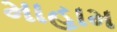
માહામ